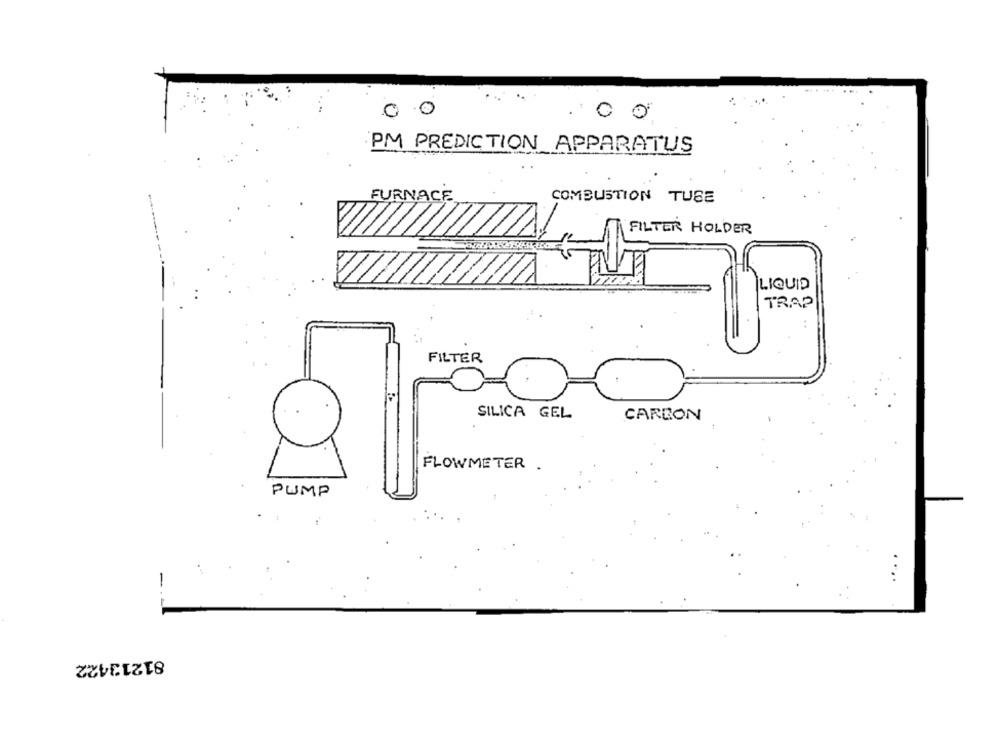
00
PM PREDICTION APPARATUS
FURNACE
COMBUSTION TUBE
FILTER HOLDER
LIQUID
TRAP
FILTER
SILICA GEL
CARBON
FLOWMETER .
PUMP
....
-
81213422